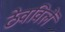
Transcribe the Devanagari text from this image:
ठेवविलें